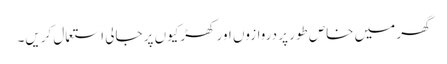
گھر میں خاص طور پر دروازوں اور کھڑکیوں پر جالی استعمال کریں۔